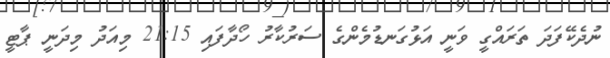
ނުދެކޭފަދަ ތަރައްގީ ވަނީ އަޅުގަނޑުމެންގެ ސަރުކާރު ހޯދާފައި 21:15 މިއަދު މިދަނީ ޕާޓީ